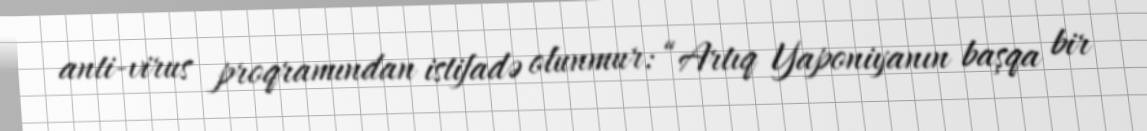
anti-virus proqramından istifadə olunmur: “Artıq Yaponiyanın başqa bir